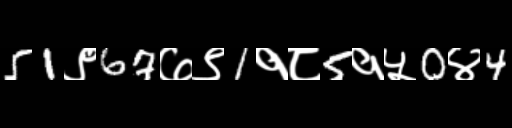
Text: 51९67७९1१८5१५0४4